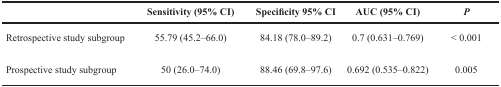
|  | Sensitivity (95% CI) | Specificity 95% CI | AUC (95% CI) | P |
 | --- | --- | --- | --- | --- |
 | Retrospective study subgroup | 55.79 (45.2–66.0) | 84.18 (78.0–89.2) | 0.7 (0.631–0.769) | < 0.001 |
 | Prospective study subgroup | 50 (26.0–74.0) | 88.46 (69.8–97.6) | 0.692 (0.535–0.822) | 0.005 |